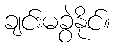
ချင်းမခွဲနိုင်။